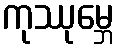
ကုဿုမ္ဘေ